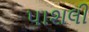
પાશલી